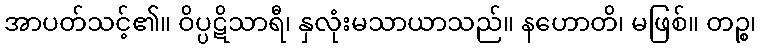
အာပတ်သင့်၏။ ဝိပ္ပဋိသာရီ၊ နှလုံးမသာယာသည်။ နဟောတိ၊ မဖြစ်။ တဉ္စ၊